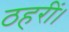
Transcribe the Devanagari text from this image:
ठहरीं।